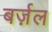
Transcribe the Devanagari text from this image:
बर्ज़ल